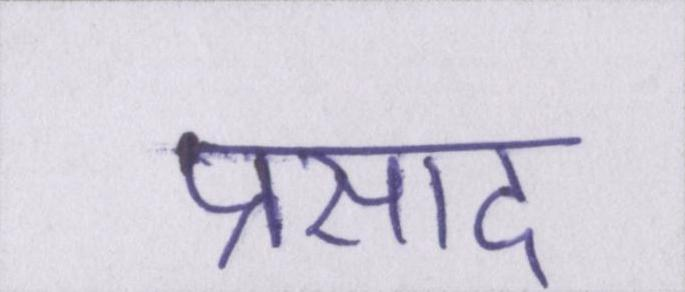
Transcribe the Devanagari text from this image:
प्रसाद